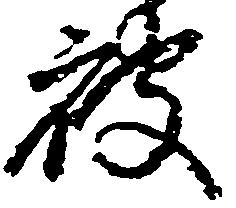
被